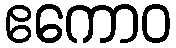
ဧကောဝ